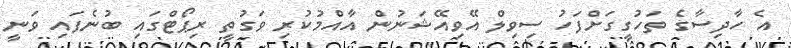
އެ ހާދިސާގެ ތަހުގީގަށްފަހު ސިވިލް އޭވިއޭޝަނުން އާއްމުކުރި ވަގުތީ ރިޕޯޓްގައި ބުނެފައި ވަނީ